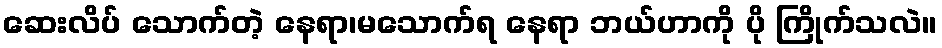
ဆေးလိပ် သောက်တဲ့ နေရာ၊မသောက်ရ နေရာ ဘယ်ဟာကို ပို ကြိုက်သလဲ။